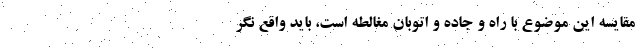
مقایسه این موضوع با راه و جاده و اتوبان مغالطه است، باید واقع نگر